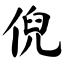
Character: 倪